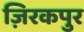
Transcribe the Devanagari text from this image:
ज़िरकपुर